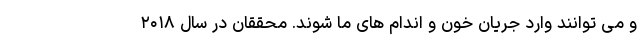
و می توانند وارد جریان خون و اندام های ما شوند. محققان در سال ۲۰۱۸